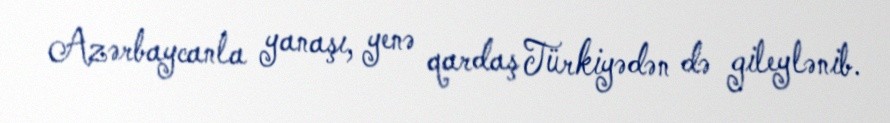
Azərbaycanla yanaşı, yenə qardaş Türkiyədən də gileylənib.